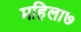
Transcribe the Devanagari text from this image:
महिला७